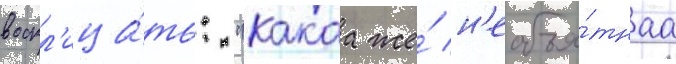
воскл'ица́ть: "какаа же́ н'еобъя́тнаа